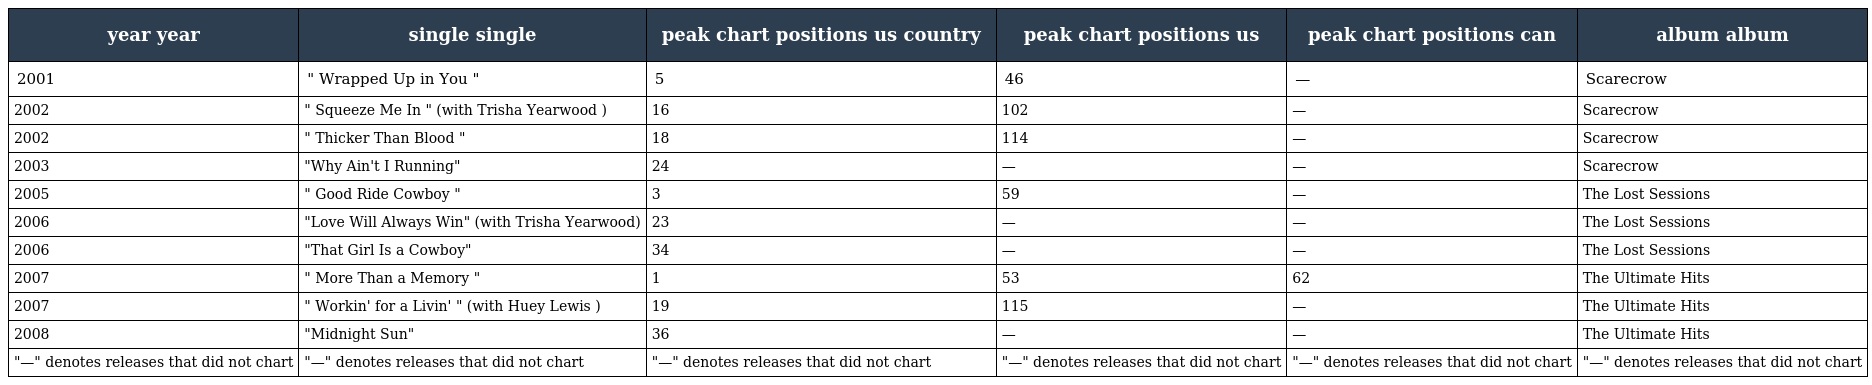
| year year | single single | peak chart positions us country | peak chart positions us | peak chart positions can | album album |
 | --- | --- | --- | --- | --- | --- |
 | 2001 | " Wrapped Up in You " | 5 | 46 | — | Scarecrow |
 | 2002 | " Squeeze Me In " (with Trisha Yearwood ) | 16 | 102 | — | Scarecrow |
 | 2002 | " Thicker Than Blood " | 18 | 114 | — | Scarecrow |
 | 2003 | "Why Ain't I Running" | 24 | — | — | Scarecrow |
 | 2005 | " Good Ride Cowboy " | 3 | 59 | — | The Lost Sessions |
 | 2006 | "Love Will Always Win" (with Trisha Yearwood) | 23 | — | — | The Lost Sessions |
 | 2006 | "That Girl Is a Cowboy" | 34 | — | — | The Lost Sessions |
 | 2007 | " More Than a Memory " | 1 | 53 | 62 | The Ultimate Hits |
 | 2007 | " Workin' for a Livin' " (with Huey Lewis ) | 19 | 115 | — | The Ultimate Hits |
 | 2008 | "Midnight Sun" | 36 | — | — | The Ultimate Hits |
 | "—" denotes releases that did not chart | "—" denotes releases that did not chart | "—" denotes releases that did not chart | "—" denotes releases that did not chart | "—" denotes releases that did not chart | "—" denotes releases that did not chart |